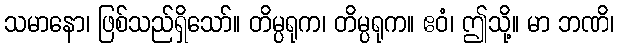
သမာနော၊ ဖြစ်သည်ရှိသော်။ တိမ္ပရုက၊ တိမ္ပရုက။ ဧဝံ၊ ဤသို့။ မာ ဘဏိ၊